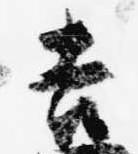
吉